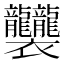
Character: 𧟟